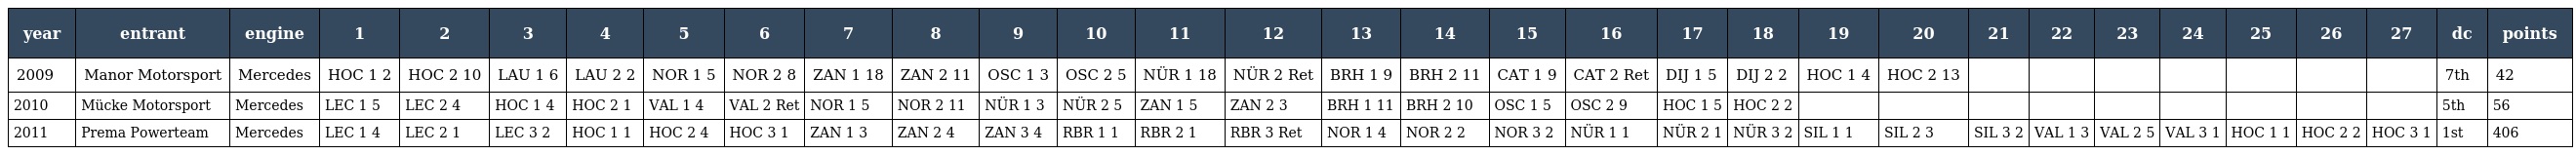
| year | entrant | engine | 1 | 2 | 3 | 4 | 5 | 6 | 7 | 8 | 9 | 10 | 11 | 12 | 13 | 14 | 15 | 16 | 17 | 18 | 19 | 20 | 21 | 22 | 23 | 24 | 25 | 26 | 27 | dc | points |
 | --- | --- | --- | --- | --- | --- | --- | --- | --- | --- | --- | --- | --- | --- | --- | --- | --- | --- | --- | --- | --- | --- | --- | --- | --- | --- | --- | --- | --- | --- | --- | --- |
 | 2009 | Manor Motorsport | Mercedes | HOC 1 2 | HOC 2 10 | LAU 1 6 | LAU 2 2 | NOR 1 5 | NOR 2 8 | ZAN 1 18 | ZAN 2 11 | OSC 1 3 | OSC 2 5 | NÜR 1 18 | NÜR 2 Ret | BRH 1 9 | BRH 2 11 | CAT 1 9 | CAT 2 Ret | DIJ 1 5 | DIJ 2 2 | HOC 1 4 | HOC 2 13 |  |  |  |  |  |  |  | 7th | 42 |
 | 2010 | Mücke Motorsport | Mercedes | LEC 1 5 | LEC 2 4 | HOC 1 4 | HOC 2 1 | VAL 1 4 | VAL 2 Ret | NOR 1 5 | NOR 2 11 | NÜR 1 3 | NÜR 2 5 | ZAN 1 5 | ZAN 2 3 | BRH 1 11 | BRH 2 10 | OSC 1 5 | OSC 2 9 | HOC 1 5 | HOC 2 2 |  |  |  |  |  |  |  |  |  | 5th | 56 |
 | 2011 | Prema Powerteam | Mercedes | LEC 1 4 | LEC 2 1 | LEC 3 2 | HOC 1 1 | HOC 2 4 | HOC 3 1 | ZAN 1 3 | ZAN 2 4 | ZAN 3 4 | RBR 1 1 | RBR 2 1 | RBR 3 Ret | NOR 1 4 | NOR 2 2 | NOR 3 2 | NÜR 1 1 | NÜR 2 1 | NÜR 3 2 | SIL 1 1 | SIL 2 3 | SIL 3 2 | VAL 1 3 | VAL 2 5 | VAL 3 1 | HOC 1 1 | HOC 2 2 | HOC 3 1 | 1st | 406 |